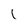
Character: 1